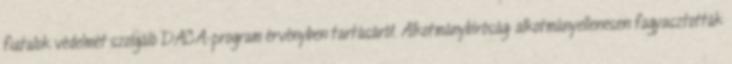
fiatalok védelmét szolgáló DACA-program érvényben tartásáról. Alkotmánybíróság: alkotmányellenesen fagyasztották